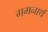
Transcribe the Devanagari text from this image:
गमनार्थ